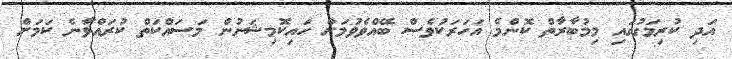
އަދި ކުރިމަގުގައި މިމުބާރާތް ކޮންމެ އަހަރަކުވެސް ބޭއްވެވުމަށް ހައިކޮމިޝަނުން މަސައްކަތް ކުރައްވާނެ ކަމަށް